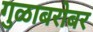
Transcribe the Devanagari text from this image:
गुळाबरोबर